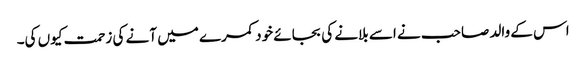
اس کے والد صاحب نے اسے بلانے کی بجائے خود کمرے میں آنے کی زحمت کیوں کی۔